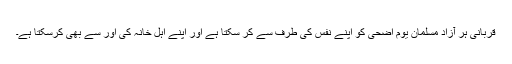
قربانی ہر آزاد مسلمان یوم اضحیٰ کو اپنے نفس کی طرف سے کر سکتا ہے اور اپنے اہل خانہ کی اور سے بھی کرسکتا ہے۔